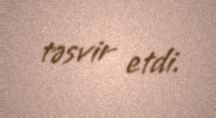
təsvir etdi.